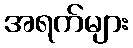
အရက်များ